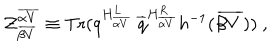
LaTeX: { \cal Z } _ { \overline { { { \beta V } } } } ^ { \overline { { { \alpha V } } } } \equiv \mathrm { T r } ( q ^ { H _ { \overline { { { \alpha V } } } } ^ { L } } ~ { \overline { { q } } } ^ { H _ { \overline { { { \alpha V } } } } ^ { R } } h ^ { - 1 } ( { \overline { { { \beta V } } } } ) ) ~ ,